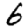
Digit: 6